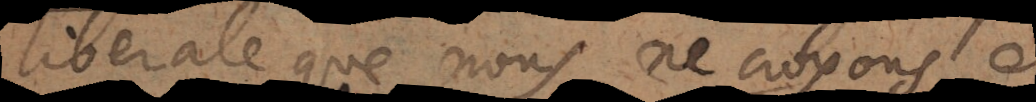
liberale que nous ne croyons, et